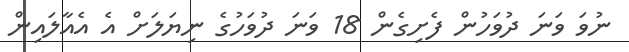
ނުވަ ވަނަ ދުވަހުން ފެށިގެން 18 ވަނަ ދުވަހުގެ ނިޔަލަށް އެ އެއާލައިން